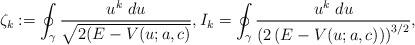
LaTeX: \begin{align*}\zeta_k:=\oint_\gamma\frac{u^k~du}{\sqrt{2(E-V(u;a,c)}},I_k=\oint_\gamma\frac{u^k~du}{\left(2\left(E-V(u;a,c)\right)\right)^{3/2}},\end{align*}